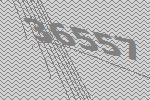
36557